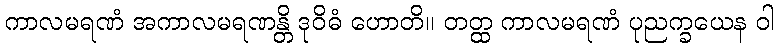
ကာလမရဏံ အကာလမရဏန္တိ ဒုဝိဓံ ဟောတိ။ တတ္ထ ကာလမရဏံ ပုညက္ခယေန ဝါ